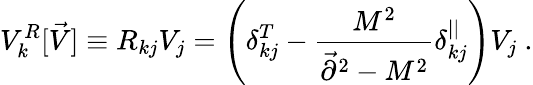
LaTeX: V_{k}^{R}[\vec{V}]\equiv R_{kj}V_{j}=\left(\delta_{kj}^{T}-{\frac{M^{2}}{\vec{\partial}^{2}-M^{2}}}\delta_{kj}^{||}\right)V_{j}~.